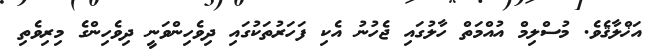
އަޚްލާޤެވެ. މުސްލިމް އުއްމަތް ހާލުގައި ޖެހުނު އެކި ފަހަރުތަކުގައި ދިވެހިންވަނީ ދިވެހިންގެ މިރިވެތި